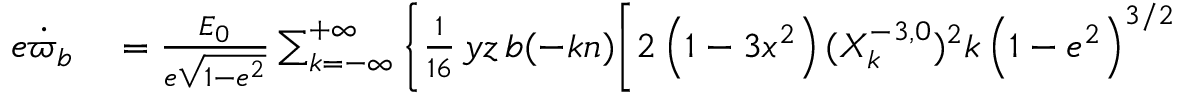
\begin{array} { r l } { e \dot { \varpi } _ { b } } & { { } = \frac { { \cal E } _ { 0 } } { e \sqrt { 1 - e ^ { 2 } } } \sum _ { k = - \infty } ^ { + \infty } \Bigg \{ \frac { 1 } { 1 6 } \, y z \, b ( - k n ) \bigg [ 2 \left( 1 - 3 x ^ { 2 } \right) ( X _ { k } ^ { - 3 , 0 } ) ^ { 2 } k \left( 1 - e ^ { 2 } \right) ^ { 3 / 2 } } \end{array}